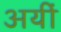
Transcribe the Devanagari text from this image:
अयीं